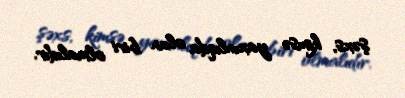
şəxs, kimsə yaxınlıqda olan biri olmalıdır.